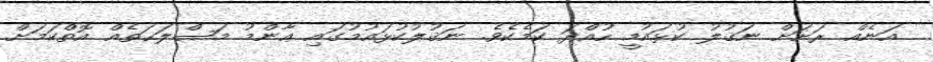
އަނެއް ރަށަށް ނަޤުލު ކުޅައުމީ ހުއްދަ ކަމެކެވެ. ނަޤުލުކުޅައުމުގައި ޢާންމު މަޞްލަޙަތެއް އޮތްކަމަށް